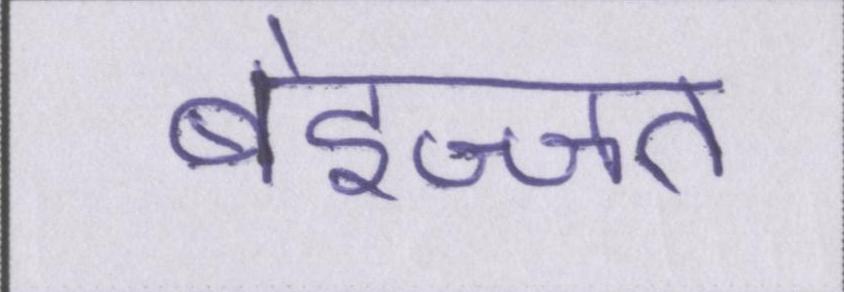
बेइज्जत